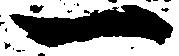
一